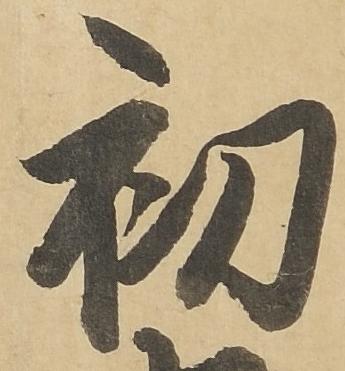
初